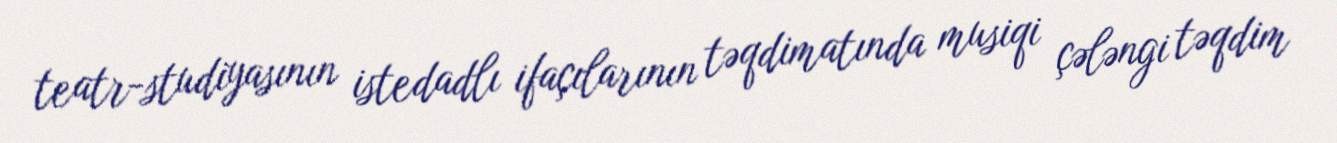
teatr-studiyasının istedadlı ifaçılarının təqdimatında musiqi çələngi təqdim